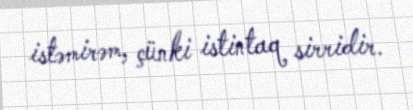
istəmirəm, çünki istintaq sirridir.